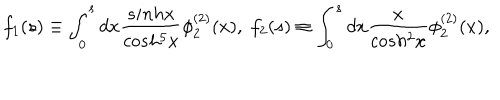
f _ { 1 } ( s ) \equiv \int _ { 0 } ^ { s } d x \frac { s i n h x } { c o s h ^ { 5 } x } \phi _ { 2 } ^ { ( 2 ) } ( x ) , \; f _ { 2 } ( s ) \equiv \int _ { 0 } ^ { s } d x \frac { x } { c o s h ^ { 2 } x } \phi _ { 2 } ^ { ( 2 ) } ( x ) ,